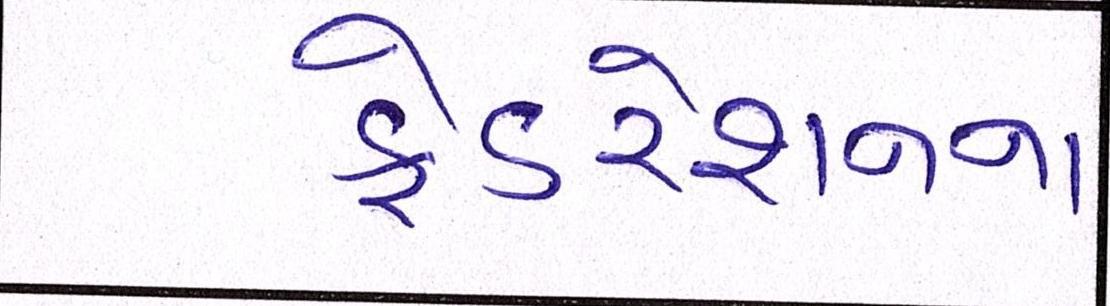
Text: ફેડરેશનના